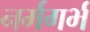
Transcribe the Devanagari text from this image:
नर्मगर्भ